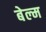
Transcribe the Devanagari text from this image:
बेल्म